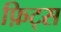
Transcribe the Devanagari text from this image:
फ़िट्स